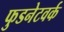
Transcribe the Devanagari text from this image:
फुडनेटवर्क